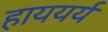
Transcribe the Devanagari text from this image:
हाययर्य